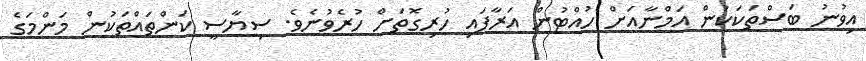
އިވުނު ބަސްތަކަކުން އަމްނާއަށް ހުއްޓުން އަރާފައި ހުރިގޮތަށް ހުރެވުނެވެ. ސިޔާސީ ކަންތައްތަކުން މަންމަގެ